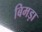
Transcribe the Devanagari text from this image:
बिमड़ा